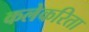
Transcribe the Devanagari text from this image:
कलेकरिता